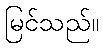
မြင်သည်။